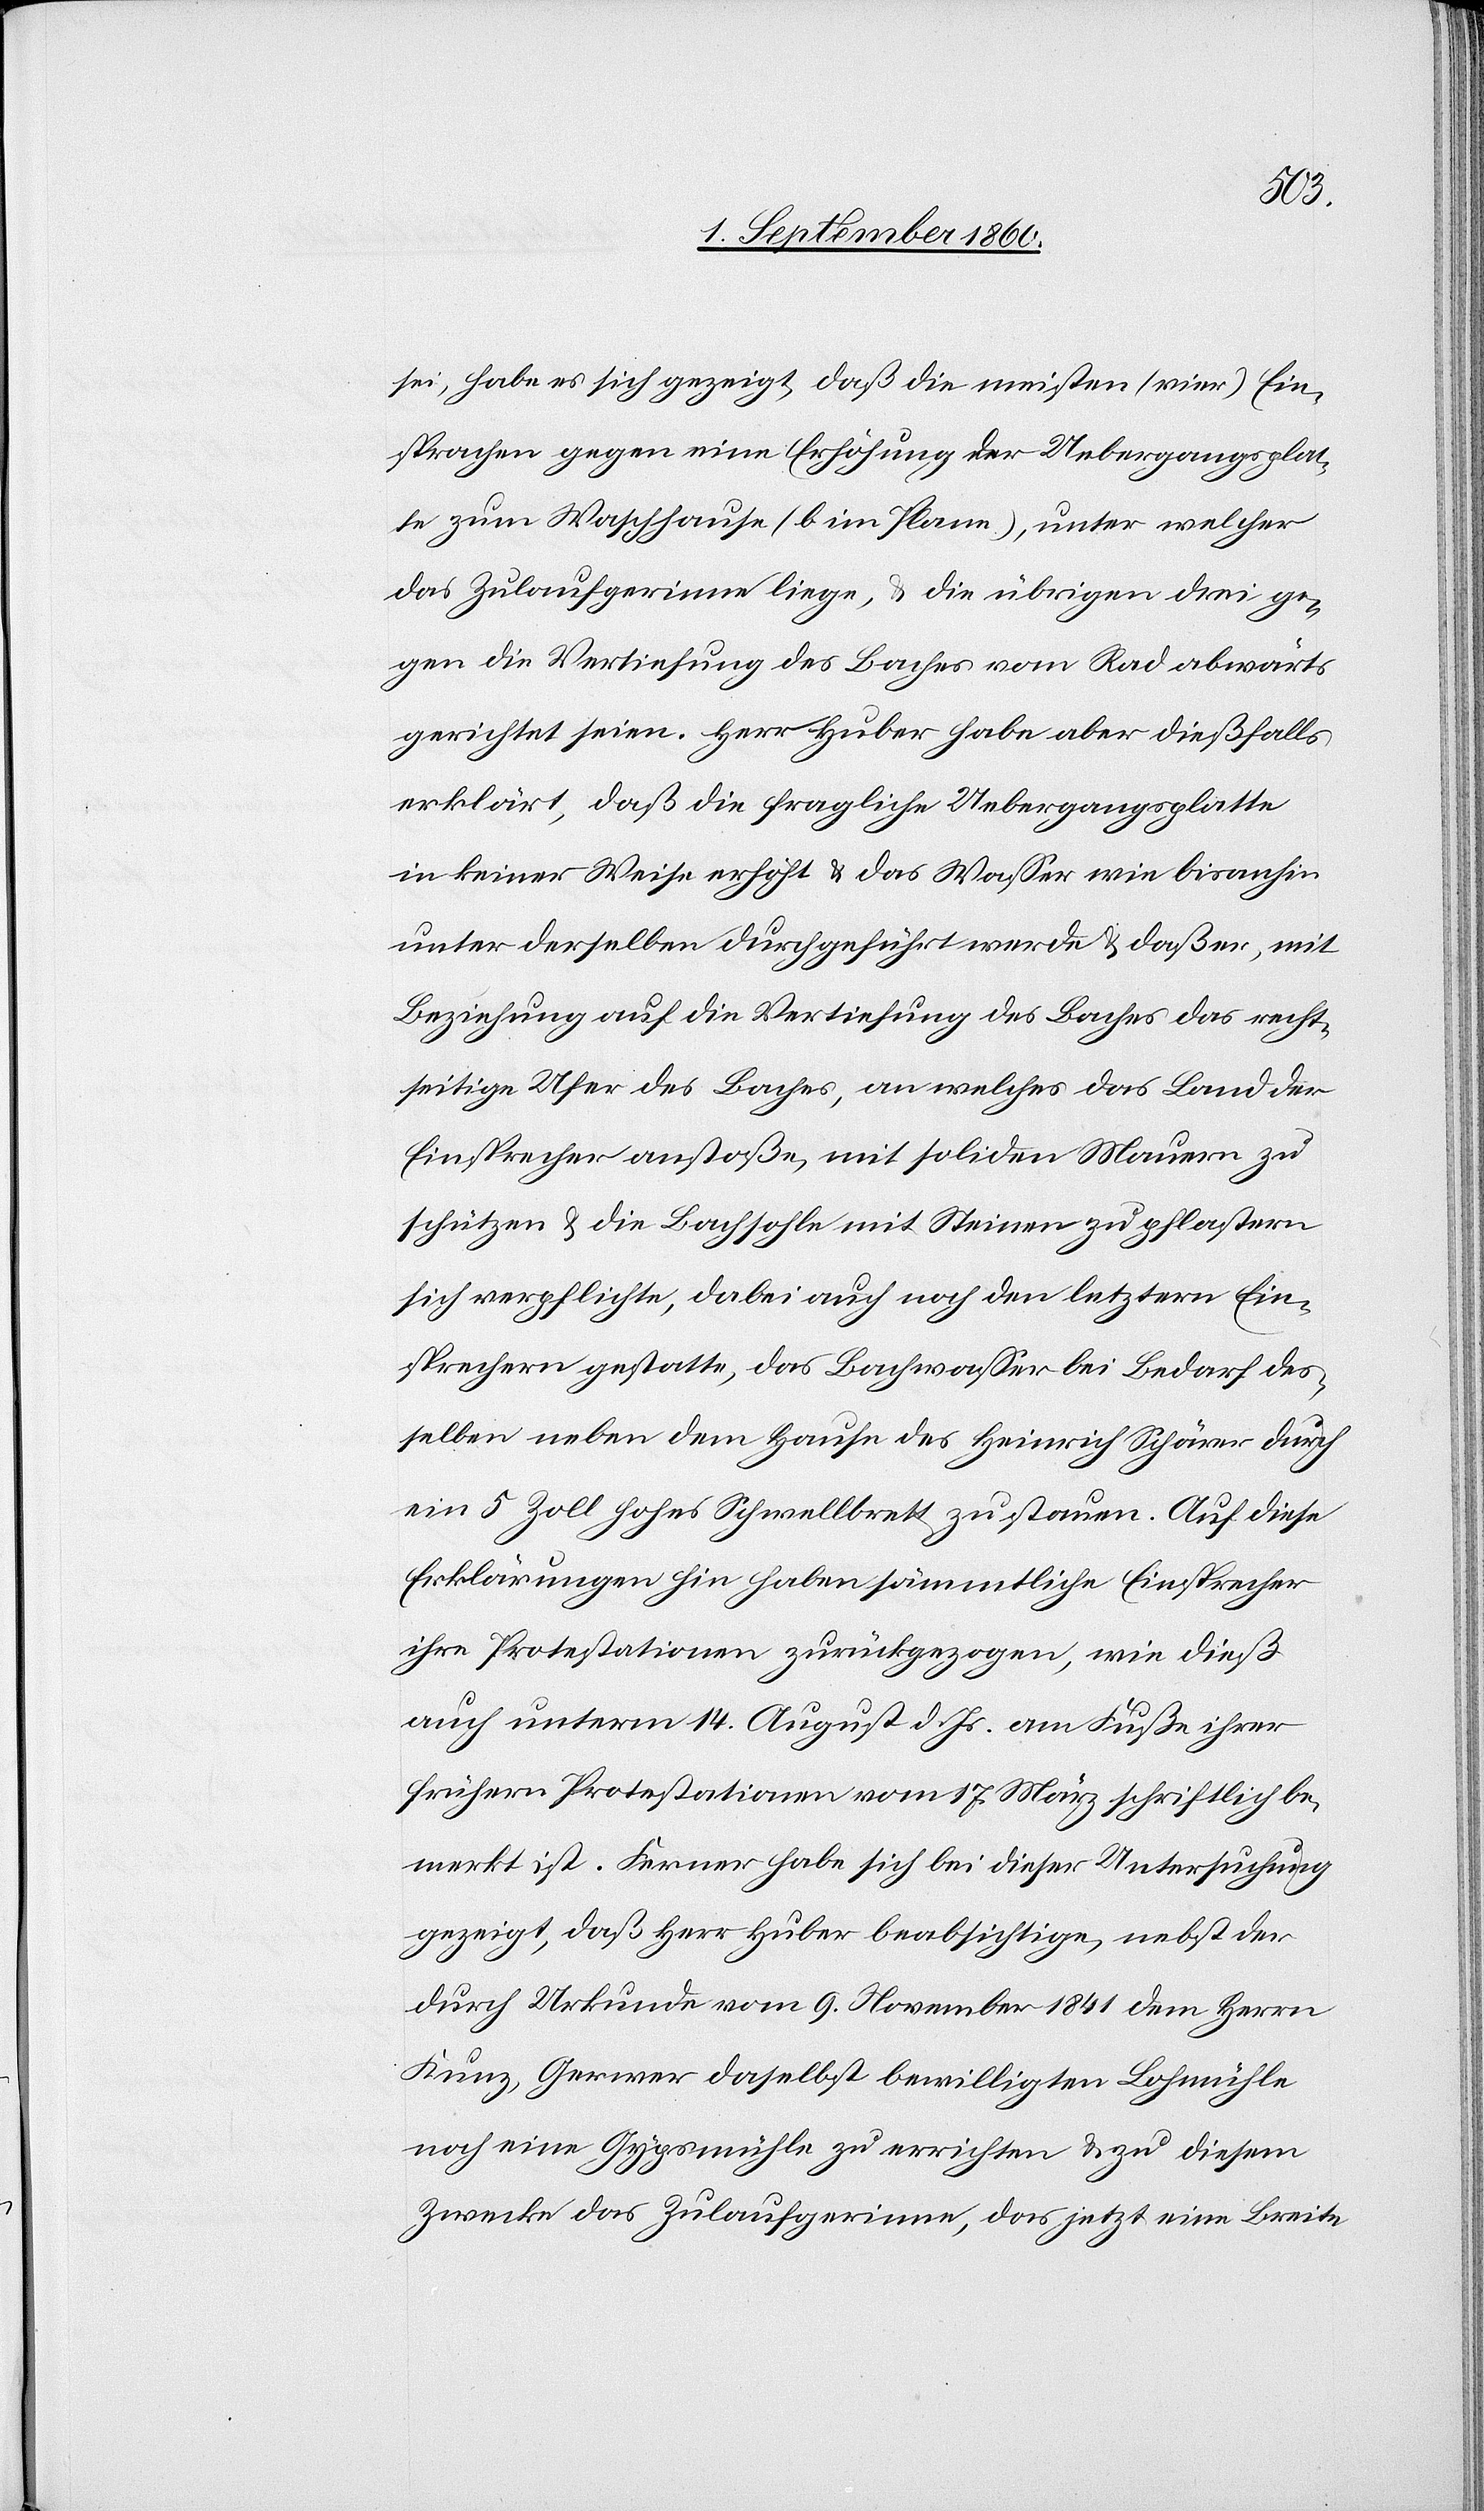
sei, habe es sich gezeigt, dass die meisten (vier) Ein¬
sprachen gegen eine Erhöhung der Uebergangsplat¬
te zum Waschhause (b. im Plane), unter welcher
das Zulaufgerinne liege; u. die übrigen drei ge¬
gen die Vertiefung des Baches vom Rad abwärts
gerichtet seien. Herr Huber habe aber diesfalls
erklärt, dass die fragliche Uebergangsplatte
in keiner Weise erhöht u. das Wasser wie bis anhin
unter derselben durchgeführt werde u. dass er, mit
Beziehung auf die Vertiefung des Baches, das recht¬
seitige Ufer des Baches, an welches das Land der
Einsprecher anstosse, mit soliden Mauern zu
schützen u. die Bachsohle mit Steinen zu pflastern
sich verpflichte, dabei auch noch den letztern Ein¬
sprechern gestatte das Bachwasser, bei Bedarf des¬
selben, neben dem Hause des Heinrich Schärer durch
ein 5 Zoll hohes Schwellbrett zu stauen. Auf diese
Erklärungen hin haben sämmtliche Einsprecher
ihre Protestationen zurückgezogen, wie diess
auch unterm 14. August d. Js. am Fusse ihrer
frühern Protestation vom 17. März schriftlich be¬
merkt ist. Ferner habe sich bei dieser Untersuchung
gezeigt, dass Hr. Huber beabsichtige, nebst der
durch Urkunde vom 9. Wintermonat 1841 dem Herrn
Kunz, Gerwer daselbst bewilligten Lohnmühle
noch eine Gypsmühle zu errichten u. zu diesem
Zwecke das Zulaufgerinne, das jetzt eine Breite